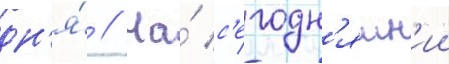
дн'я́ // На́ с'егодн'яшн'ии